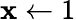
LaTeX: \mathbf{x}\gets1